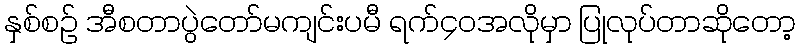
နှစ်စဉ် အီစတာပွဲတော်မကျင်းပမီ ရက်၄၀အလိုမှာ ပြုလုပ်တာဆိုတော့